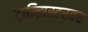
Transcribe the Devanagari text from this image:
ट्रान्झिस्टरवर